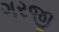
ગરજી